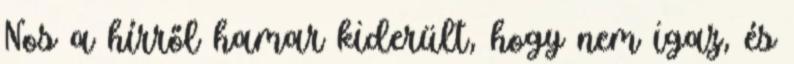
Nos a hírről hamar kiderült, hogy nem igaz, és